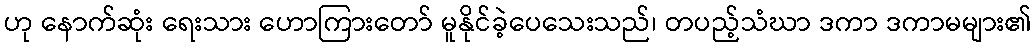
ဟု နောက်ဆုံး ရေးသား ဟောကြားတော် မူနိုင်ခဲ့ပေသေးသည်၊ တပည့်သံဃာ ဒကာ ဒကာမများ၏